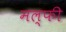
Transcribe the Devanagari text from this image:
मल्फी